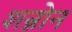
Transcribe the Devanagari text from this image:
शन्नोन